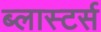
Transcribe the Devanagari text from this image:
ब्लास्टर्स